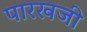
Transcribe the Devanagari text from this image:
पारखजी